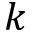
k